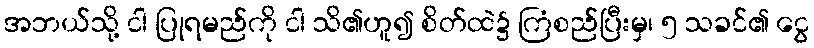
အဘယ်သို့ ငါ ပြုရမည်ကို ငါ သိ၏ဟူ၍ စိတ်ထဲ၌ ကြံစည်ပြီးမှ၊ ၅ သခင်၏ ငွေ